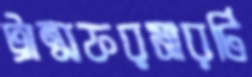
ট্রান্সফরমারটি